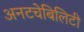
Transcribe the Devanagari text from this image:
अनटचेबिलिटी